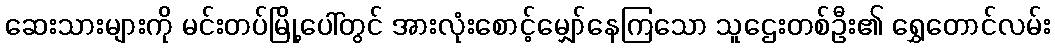
ဆေးသားများကို မင်းတပ်မြို့ပေါ်တွင် အားလုံးစောင့်မျှော်နေကြသော သူဌေးတစ်ဦး၏ ရွှေတောင်လမ်း